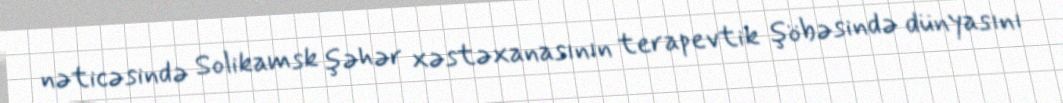
nəticəsində Solikamsk şəhər xəstəxanasının terapevtik şöbəsində dünyasını